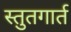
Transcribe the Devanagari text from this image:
स्तुतगार्त